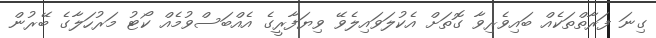
ގިނަ ފަރާތްތަކެއް ބައިވެރިވާ ގޮތަށް އެކުލަވައިލެވޭ ވިޔަފާރީގެ އެއްބަސްވުމެއް ކޯޓު މަރުހަލާގެ ބޭރުން